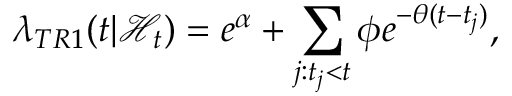
\lambda _ { T R 1 } ( t | \mathcal { H } _ { t } ) = e ^ { \alpha } + \sum _ { j : t _ { j } < t } \phi e ^ { - \theta ( t - t _ { j } ) } ,